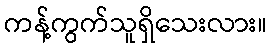
ကန့်ကွက်သူရှိသေးလား။